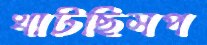
খাটছিসপ